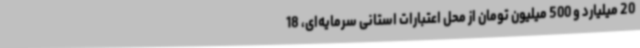
20 میلیارد و 500 میلیون تومان از محل اعتبارات استانی سرمایه‌ای، 18